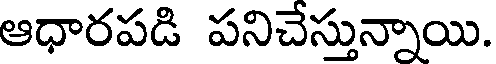
ఆధారపడి పనిచేస్తున్నాయి.